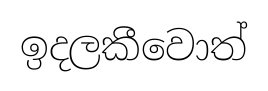
ඉදලකීවොත්